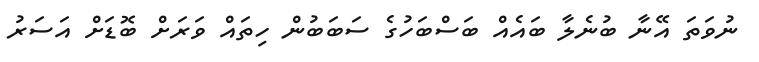
ނުވަތަ އޭނާ ބުނެލާ ބައެއް ބަސްބަހުގެ ސަބަބުން ހިތައް ވަރަށް ބޮޑަށް އަސަރު